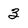
Character: 3